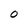
Character: O